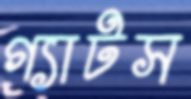
গ্যাটস